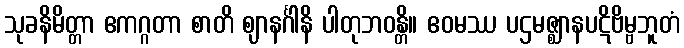
သုခနိမိတ္တာ ဧကဂ္ဂတာ စာတိ ဈာနင်္ဂါနိ ပါတုဘဝန္တိ။ ဧဝမဿ ပဌမဇ္ဈာနပဋိဗိမ္ဗဘူတံ